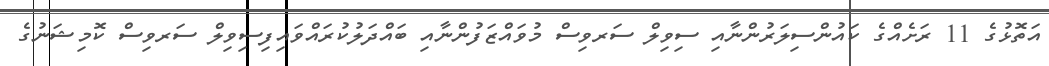
އަތޮޅުގެ 11 ރަށެއްގެ ކައުންސިލަރުންނާއި ސިވިލް ސަރވިސް މުވައްޒަފުންނާއި ބައްދަލުކުރައްވައިފިސިވިލް ސަރވިސް ކޮމިޝަނުގެ